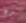
ندع